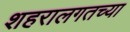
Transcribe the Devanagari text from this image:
शहरालगतच्या